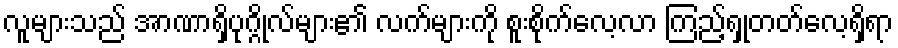
လူများသည် အာဏာရှိပုဂ္ဂိုလ်များ၏ လက်များကို စူးစိုက်လေ့လာ ကြည့်ရှုတတ်လေ့ရှိရာ